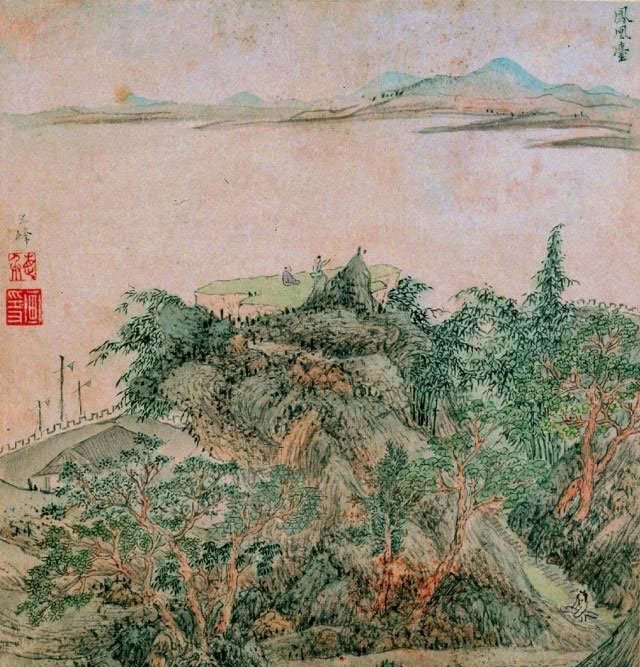
凤凰台上凤凰游，凤去台空江自流。